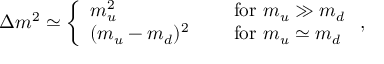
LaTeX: \Delta m ^ { 2 } \simeq \left\{ \begin{array} { l l } { { m _ { u } ^ { 2 } } } & { { \quad \mathrm { ~ f o r ~ } m _ { u } \gg m _ { d } } } \\ { { ( m _ { u } - m _ { d } ) ^ { 2 } } } & { { \quad \mathrm { ~ f o r ~ } m _ { u } \simeq m _ { d } } } \end{array} \right. ,